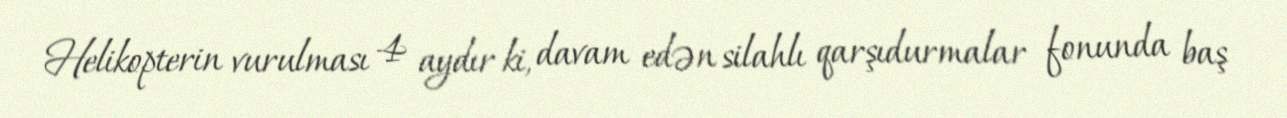
Helikopterin vurulması 4 aydır ki, davam edən silahlı qarşıdurmalar fonunda baş